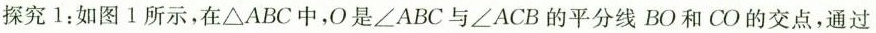
探究1：如图1所示，在\triangle ABC中，O是\angle ABC与\angle ACB的平分线BO和CO的交点，通过